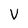
Character: V